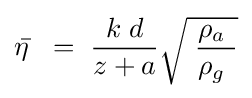
{\bar {\eta \ }}\;=\;{\frac {k\;d}{z+a}}{\sqrt {\;{\frac {\rho _{a}\ }{\rho _{g}\ }}}}